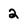
Character: 2